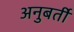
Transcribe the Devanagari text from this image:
अनुबर्ती